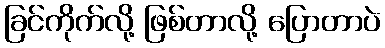
ခြင်ကိုက်လို့ ဖြစ်တာလို့ ပြောတာပဲ